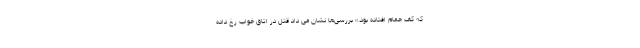
که کف حمام افتاده بود.» بررسی‌ها نشان می داد قتل در اتاق خواب رخ داده